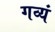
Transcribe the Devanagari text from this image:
गव्यं